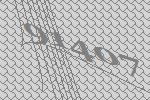
91407